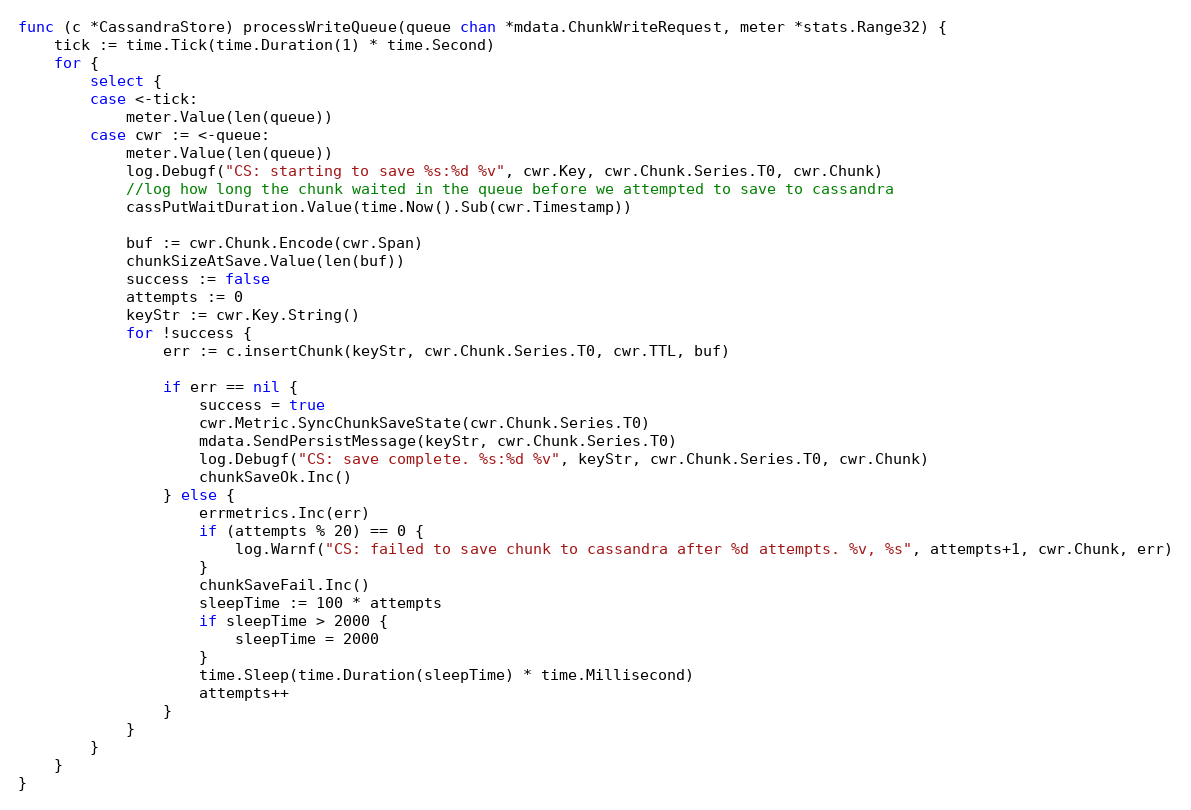
Language: Go
func (c *CassandraStore) processWriteQueue(queue chan *mdata.ChunkWriteRequest, meter *stats.Range32) {
	tick := time.Tick(time.Duration(1) * time.Second)
	for {
		select {
		case <-tick:
			meter.Value(len(queue))
		case cwr := <-queue:
			meter.Value(len(queue))
			log.Debugf("CS: starting to save %s:%d %v", cwr.Key, cwr.Chunk.Series.T0, cwr.Chunk)
			//log how long the chunk waited in the queue before we attempted to save to cassandra
			cassPutWaitDuration.Value(time.Now().Sub(cwr.Timestamp))

			buf := cwr.Chunk.Encode(cwr.Span)
			chunkSizeAtSave.Value(len(buf))
			success := false
			attempts := 0
			keyStr := cwr.Key.String()
			for !success {
				err := c.insertChunk(keyStr, cwr.Chunk.Series.T0, cwr.TTL, buf)

				if err == nil {
					success = true
					cwr.Metric.SyncChunkSaveState(cwr.Chunk.Series.T0)
					mdata.SendPersistMessage(keyStr, cwr.Chunk.Series.T0)
					log.Debugf("CS: save complete. %s:%d %v", keyStr, cwr.Chunk.Series.T0, cwr.Chunk)
					chunkSaveOk.Inc()
				} else {
					errmetrics.Inc(err)
					if (attempts % 20) == 0 {
						log.Warnf("CS: failed to save chunk to cassandra after %d attempts. %v, %s", attempts+1, cwr.Chunk, err)
					}
					chunkSaveFail.Inc()
					sleepTime := 100 * attempts
					if sleepTime > 2000 {
						sleepTime = 2000
					}
					time.Sleep(time.Duration(sleepTime) * time.Millisecond)
					attempts++
				}
			}
		}
	}
}